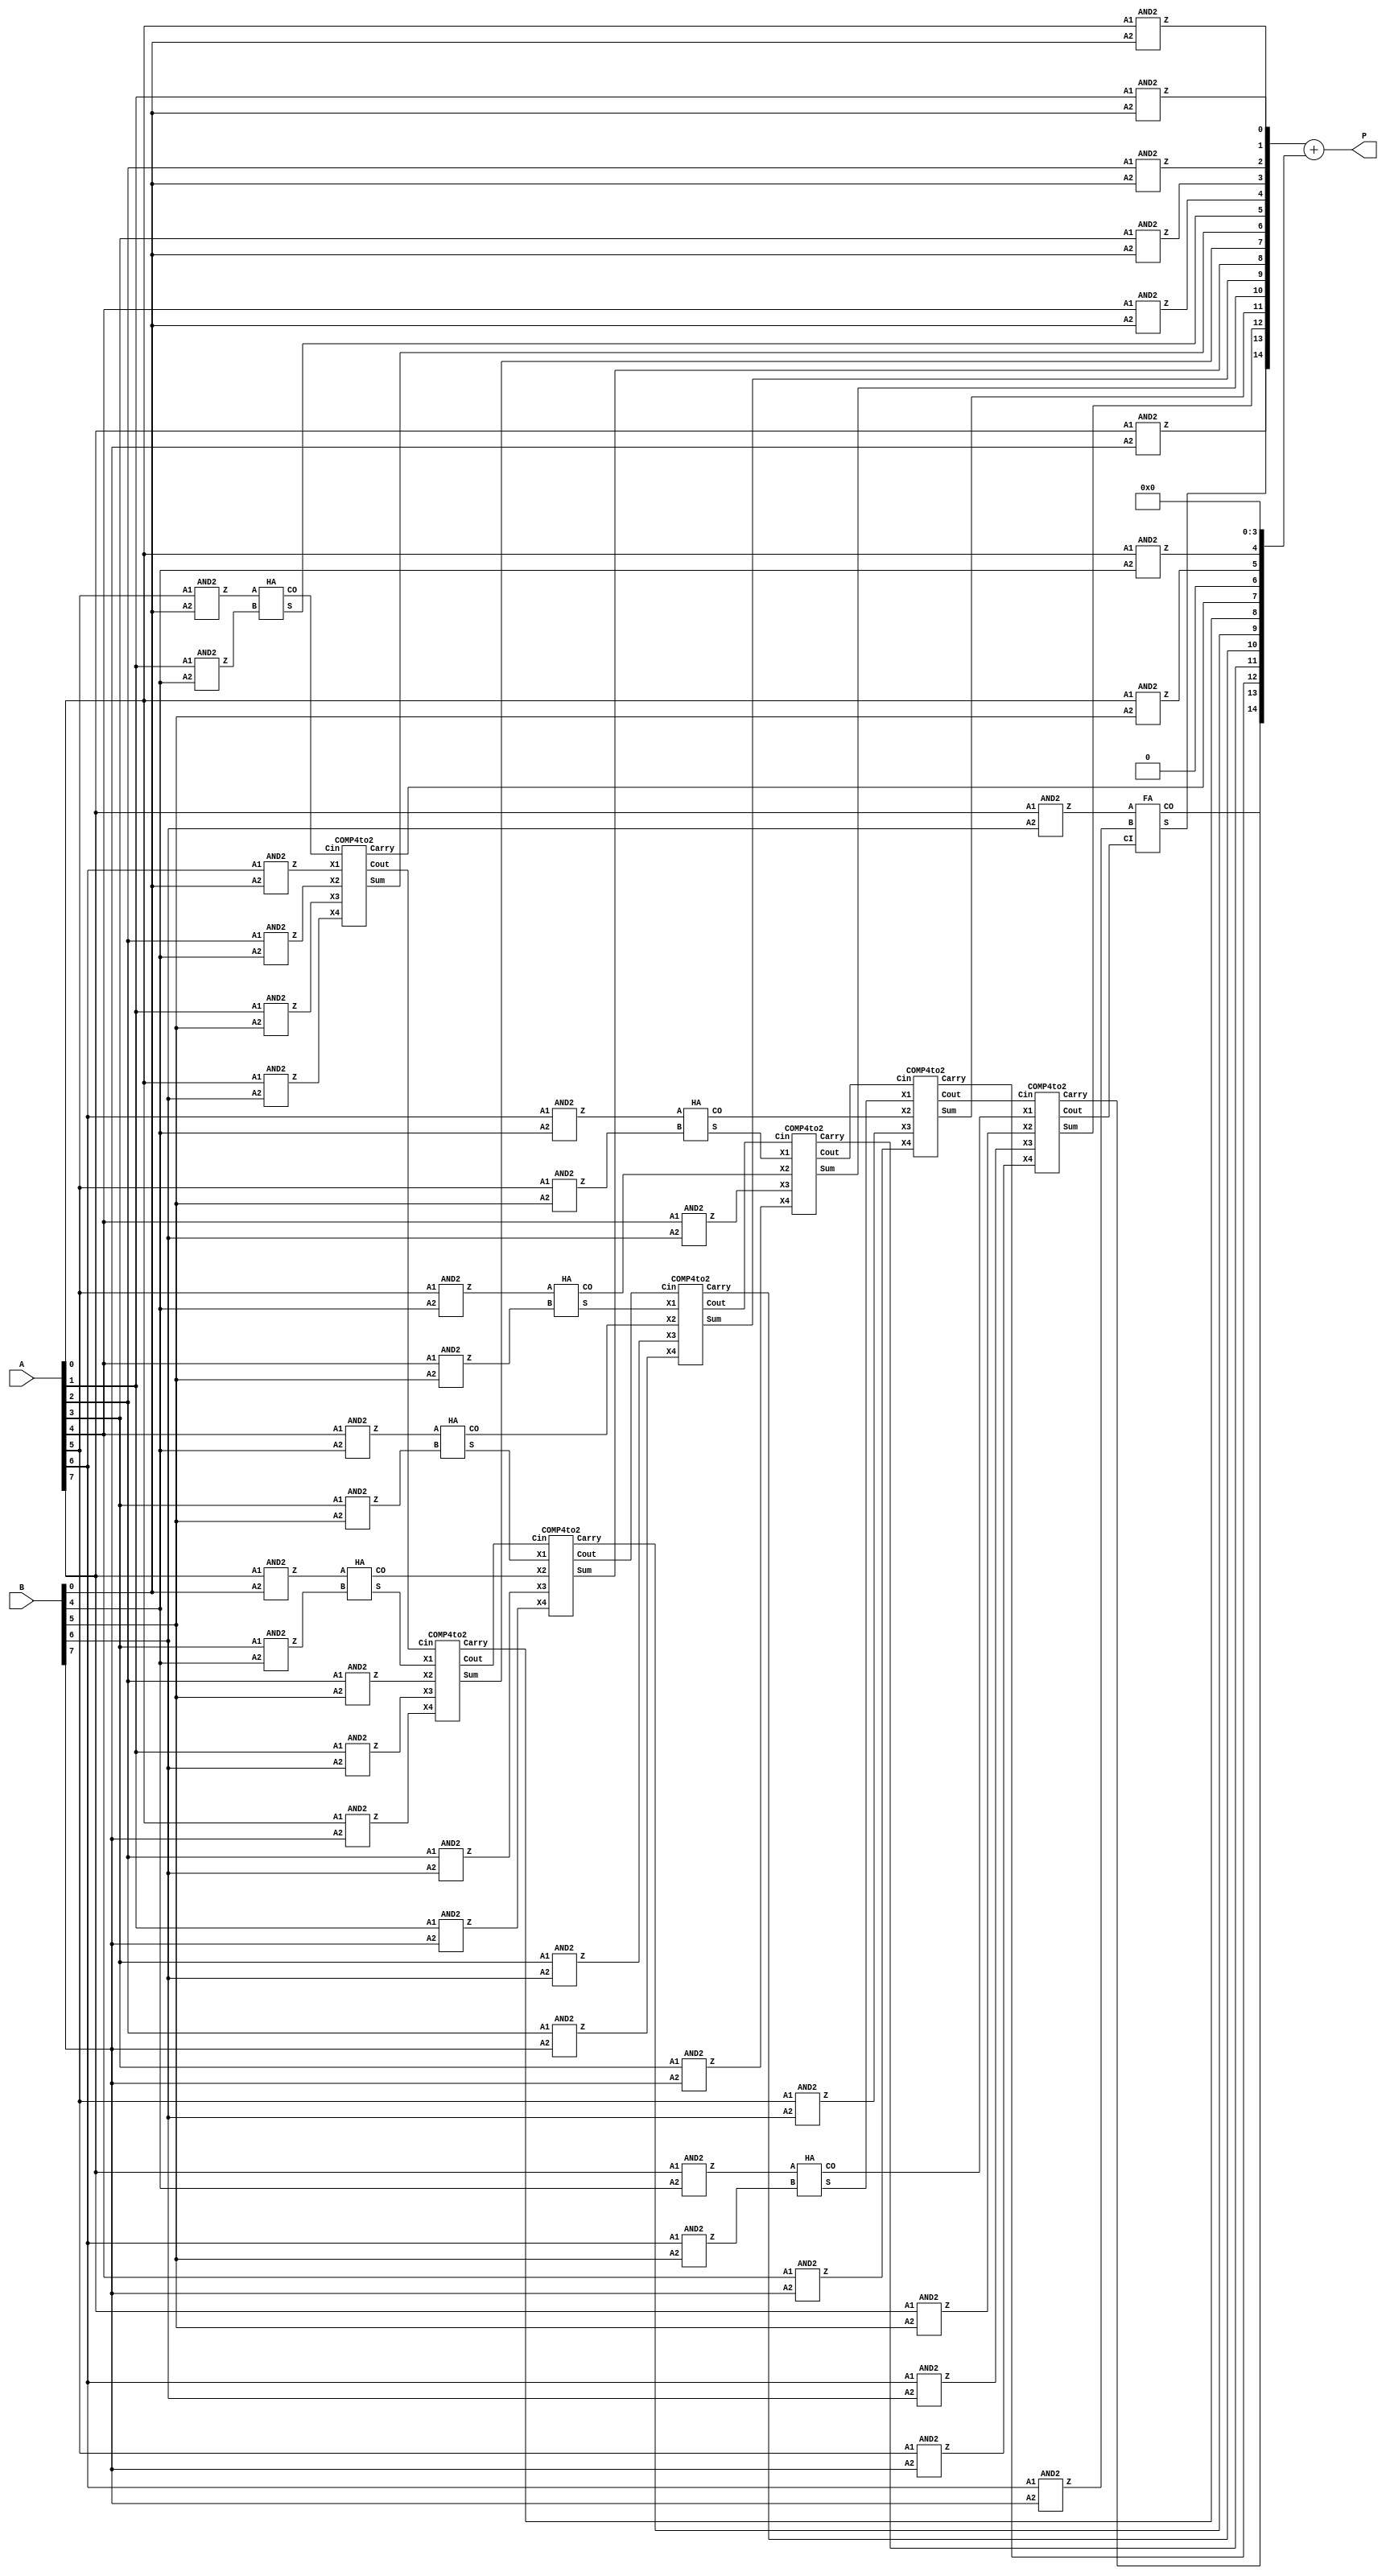
module Dadda_PPAM_1_3(A,B,P);

 input [7:0] A,B; 
 output [15:0] P; 

 wire [7:0] pp0, pp1, pp2, pp3, pp4, pp5, pp6, pp7 ; 
 
 wire s1, s2, s3, s4, s5, s6, s7, s8, s9, s10, s11, s12, s13, s14;
 
 wire cr7, cr8, cr9, cr10, cr11, cr12, cr13;
 
 wire co1, co2, co3, co4, co5, co6, co7, co8, co9, co10, co11, co12, co13, co14;
 
 
/////////////////////////// Partial Products ////////////////////////////////
////////////////// PP 0////////////////////////////
  AND2 U0 (.A1(A[0]),.A2(B[0]),.Z(pp0[0]));
  AND2 U1 (.A1(A[1]),.A2(B[0]),.Z(pp0[1]));
  AND2 U2 (.A1(A[2]),.A2(B[0]),.Z(pp0[2]));
  AND2 U3 (.A1(A[3]),.A2(B[0]),.Z(pp0[3]));
  AND2 U4 (.A1(A[4]),.A2(B[0]),.Z(pp0[4]));
  AND2 U5 (.A1(A[5]),.A2(B[0]),.Z(pp0[5]));
  AND2 U6 (.A1(A[6]),.A2(B[0]),.Z(pp0[6]));
  AND2 u7 (.A1(A[7]),.A2(B[0]),.Z(pp0[7]));
////////////////// PP 1////////////////////////////
  AND2 U7 (.A1(A[0]),.A2(B[1]),.Z(pp1[0]));
  AND2 U8 (.A1(A[1]),.A2(B[1]),.Z(pp1[1]));
  AND2 U9 (.A1(A[2]),.A2(B[1]),.Z(pp1[2]));
  AND2 U10 (.A1(A[3]),.A2(B[1]),.Z(pp1[3]));
  AND2 U11 (.A1(A[4]),.A2(B[1]),.Z(pp1[4]));
  AND2 U12 (.A1(A[5]),.A2(B[1]),.Z(pp1[5]));
  AND2 U13 (.A1(A[6]),.A2(B[1]),.Z(pp1[6]));
  AND2 u14 (.A1(A[7]),.A2(B[1]),.Z(pp1[7]));
////////////////// PP 2////////////////////////////
  AND2 U14 (.A1(A[0]),.A2(B[2]),.Z(pp2[0]));
  AND2 U15 (.A1(A[1]),.A2(B[2]),.Z(pp2[1]));
  AND2 U16 (.A1(A[2]),.A2(B[2]),.Z(pp2[2]));
  AND2 U17 (.A1(A[3]),.A2(B[2]),.Z(pp2[3]));
  AND2 U18 (.A1(A[4]),.A2(B[2]),.Z(pp2[4]));
  AND2 U19 (.A1(A[5]),.A2(B[2]),.Z(pp2[5]));
  AND2 U20 (.A1(A[6]),.A2(B[2]),.Z(pp2[6]));
  AND2 u21 (.A1(A[7]),.A2(B[2]),.Z(pp2[7]));
////////////////// PP 3////////////////////////////
  AND2 U21 (.A1(A[0]),.A2(B[3]),.Z(pp3[0]));
  AND2 U22 (.A1(A[1]),.A2(B[3]),.Z(pp3[1]));
  AND2 U23 (.A1(A[2]),.A2(B[3]),.Z(pp3[2]));
  AND2 U24 (.A1(A[3]),.A2(B[3]),.Z(pp3[3]));
  AND2 U25 (.A1(A[4]),.A2(B[3]),.Z(pp3[4]));
  AND2 U26 (.A1(A[5]),.A2(B[3]),.Z(pp3[5]));
  AND2 U27 (.A1(A[6]),.A2(B[3]),.Z(pp3[6]));
  AND2 u28 (.A1(A[7]),.A2(B[3]),.Z(pp3[7]));
////////////////// PP 4////////////////////////////
  AND2 U28 (.A1(A[0]),.A2(B[4]),.Z(pp4[0]));
  AND2 U29 (.A1(A[1]),.A2(B[4]),.Z(pp4[1]));
  AND2 U30 (.A1(A[2]),.A2(B[4]),.Z(pp4[2]));
  AND2 U31 (.A1(A[3]),.A2(B[4]),.Z(pp4[3]));
  AND2 U32 (.A1(A[4]),.A2(B[4]),.Z(pp4[4]));
  AND2 U33 (.A1(A[5]),.A2(B[4]),.Z(pp4[5]));
  AND2 U34 (.A1(A[6]),.A2(B[4]),.Z(pp4[6]));
  AND2 u35 (.A1(A[7]),.A2(B[4]),.Z(pp4[7]));
////////////////// PP 5////////////////////////////
  AND2 U35 (.A1(A[0]),.A2(B[5]),.Z(pp5[0]));
  AND2 U36 (.A1(A[1]),.A2(B[5]),.Z(pp5[1]));
  AND2 U37 (.A1(A[2]),.A2(B[5]),.Z(pp5[2]));
  AND2 U38 (.A1(A[3]),.A2(B[5]),.Z(pp5[3]));
  AND2 U39 (.A1(A[4]),.A2(B[5]),.Z(pp5[4]));
  AND2 U40 (.A1(A[5]),.A2(B[5]),.Z(pp5[5]));
  AND2 U41 (.A1(A[6]),.A2(B[5]),.Z(pp5[6]));
  AND2 u41 (.A1(A[7]),.A2(B[5]),.Z(pp5[7]));
////////////////// PP 6////////////////////////////
  AND2 U42 (.A1(A[0]),.A2(B[6]),.Z(pp6[0]));
  AND2 U43 (.A1(A[1]),.A2(B[6]),.Z(pp6[1]));
  AND2 U44 (.A1(A[2]),.A2(B[6]),.Z(pp6[2]));
  AND2 U45 (.A1(A[3]),.A2(B[6]),.Z(pp6[3]));
  AND2 U46 (.A1(A[4]),.A2(B[6]),.Z(pp6[4]));
  AND2 U47 (.A1(A[5]),.A2(B[6]),.Z(pp6[5]));
  AND2 U48 (.A1(A[6]),.A2(B[6]),.Z(pp6[6]));
  AND2 u48 (.A1(A[7]),.A2(B[6]),.Z(pp6[7]));
  ////////////////// PP 7////////////////////////////
  AND2 u49 (.A1(A[0]),.A2(B[7]),.Z(pp7[0]));
  AND2 u50 (.A1(A[1]),.A2(B[7]),.Z(pp7[1]));
  AND2 u51 (.A1(A[2]),.A2(B[7]),.Z(pp7[2]));
  AND2 u52 (.A1(A[3]),.A2(B[7]),.Z(pp7[3]));
  AND2 u53 (.A1(A[4]),.A2(B[7]),.Z(pp7[4]));
  AND2 u54 (.A1(A[5]),.A2(B[7]),.Z(pp7[5]));
  AND2 u55 (.A1(A[6]),.A2(B[7]),.Z(pp7[6]));
  AND2 u56 (.A1(A[7]),.A2(B[7]),.Z(pp7[7]));
////////////////////////////////////// Level 1 /////////////////////
  HA U69 (.A(pp0[7]), .B(pp4[3]), .CO(co1), .S(s1));
  HA U70 (.A(pp4[4]), .B(pp5[3]), .CO(co2), .S(s2));
  HA U71 (.A(pp4[5]), .B(pp5[4]), .CO(co3), .S(s3));
  HA U72 (.A(pp4[6]), .B(pp5[5]), .CO(co4), .S(s4));
  HA U73 (.A(pp4[7]), .B(pp5[6]), .CO(co5), .S(s5));     
////////////////////////////////////// Level 2 /////////////////////
  HA U61 (.A(pp0[5]), .B(pp4[1]), .CO(co6), .S(s6));
  COMP4to2 U62 (.X1(pp0[6]),.X2(pp4[2]),.X3(pp5[1]),.X4(pp6[0]),.Cin(co6),.Cout(co7),.Sum(s7),.Carry(cr7));
  COMP4to2 U63 (.X1(s1),.X2(pp5[2]),.X3(pp6[1]),.X4(pp7[0]),.Cin(co7),.Cout(co8),.Sum(s8),.Carry(cr8));
  COMP4to2 U64 (.X1(s2),.X2(co1),.X3(pp6[2]),.X4(pp7[1]),.Cin(co8),.Cout(co9),.Sum(s9),.Carry(cr9));
  COMP4to2 U65 (.X1(s3),.X2(co2),.X3(pp6[3]),.X4(pp7[2]),.Cin(co9),.Cout(co10),.Sum(s10),.Carry(cr10));
  COMP4to2 U66 (.X1(s4),.X2(co3),.X3(pp6[4]),.X4(pp7[3]),.Cin(co10),.Cout(co11),.Sum(s11),.Carry(cr11));
  COMP4to2 U67 (.X1(s5),.X2(co4),.X3(pp6[5]),.X4(pp7[4]),.Cin(co11),.Cout(co12),.Sum(s12),.Carry(cr12));
  COMP4to2 U68 (.X1(co5),.X2(pp5[7]),.X3(pp6[6]),.X4(pp7[5]),.Cin(co12),.Cout(co13),.Sum(s13),.Carry(cr13));
  FA U74 (.A(pp6[7]), .B(pp7[6]), .CI(co13), .CO(co14), .S(s14));
////////////////////////////////////////////////////////////////// 
   
  assign P = {pp7[7],s14,s13,s12,s11,s10,s9,s8,s7,s6,pp0[4],pp0[3],pp0[2],pp0[1],pp0[0]} + {co14,cr13,cr12,cr11,cr10,cr9,cr8,cr7,1'd0,pp5[0],pp4[0],1'd0,1'd0,1'd0,1'd0} ;
  

endmodule

module AND2 (A1, A2, Z);
  input A1;
  input A2;
  output Z;

  and(Z, A1, A2);

endmodule

module COMP4to2 (X1, X2, X3, X4, Cin, Cout, Sum, Carry);
  
 input X1, X2, X3, X4, Cin; 
 output Cout, Sum, Carry; 
 
 
 assign Sum = X1 ^ X2 ^ X3 ^ X4 ^ Cin;
 assign Carry = ((X1 ^ X2 ^ X3 ^ X4) & Cin) | (~(X1 ^ X2 ^ X3 ^ X4) & X4) ;
 assign Cout = ((X1 ^ X2) & X3) | (~(X1 ^ X2) & X1);

endmodule

module FA (A, B, CI, CO, S);
  input A;
  input B;
  input CI;
  output CO;
  output S;

  or(CO, i_16, i_17);
  and(i_16, A, B);
  and(i_17, CI, i_18);
  or(i_18, A, B);
  xor(S, CI, i_22);
  xor(i_22, A, B);
  
endmodule

module HA (A, B, CO, S);
  input A;
  input B;
  output CO;
  output S;

  and(CO, A, B);
  xor(S, A, B);

endmodule